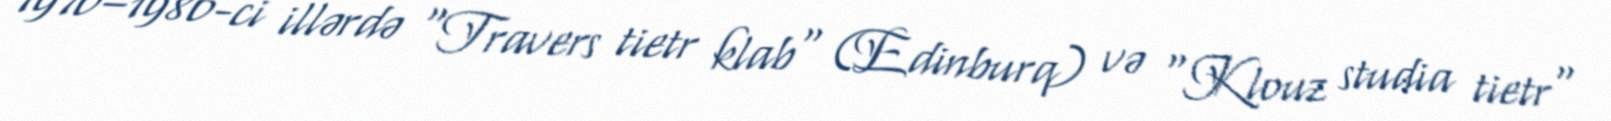
1970–1980-ci illərdə "Travers tietr klab" (Edinburq) və "Klouz studia tietr"